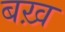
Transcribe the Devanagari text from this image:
बख़